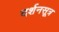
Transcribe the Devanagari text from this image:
दर्शनसूत्र